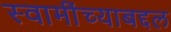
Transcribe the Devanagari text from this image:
स्वामींच्याबद्दल